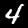
Label: 4